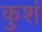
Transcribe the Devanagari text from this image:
कुशं